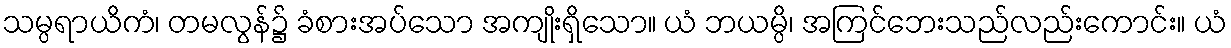
သမ္ပရာယိကံ၊ တမလွန်၌ ခံစားအပ်သော အကျိုးရှိသော။ ယံ ဘယမ္ပိ၊ အကြင်ဘေးသည်လည်းကောင်း။ ယံ